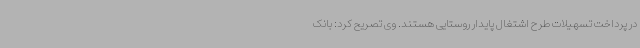
در پرداخت تسهیلات طرح اشتغال پایدار روستایی هستند. وی تصریح کرد: بانک